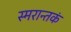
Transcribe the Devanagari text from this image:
स्मरान्तकं